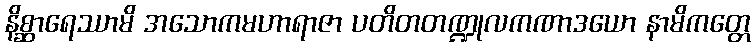
နိစ္ဆာရေဿာမိ အသောကမဟာရာဇာ ပတိတတဏ္ဍုလကဏာဒယော နာမိကတ္တေ